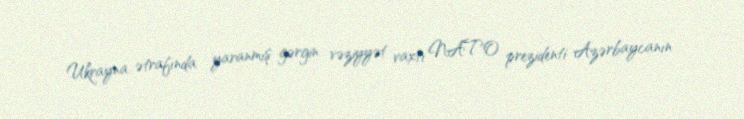
Ukrayna ətrafında yaranmış gərgin vəziyyət vaxtı NATO prezidenti Azərbaycanın